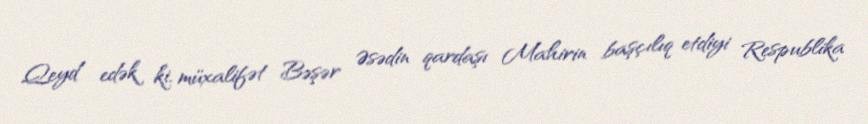
Qeyd edək ki, müxalifət Bəşər Əsədin qardaşı Mahirin başçılıq etdiyi Respublika